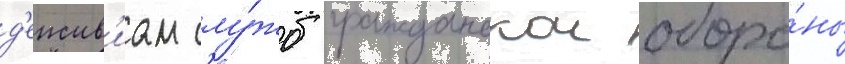
д'еиств'иам слу́жб гражданскои оборо́ны